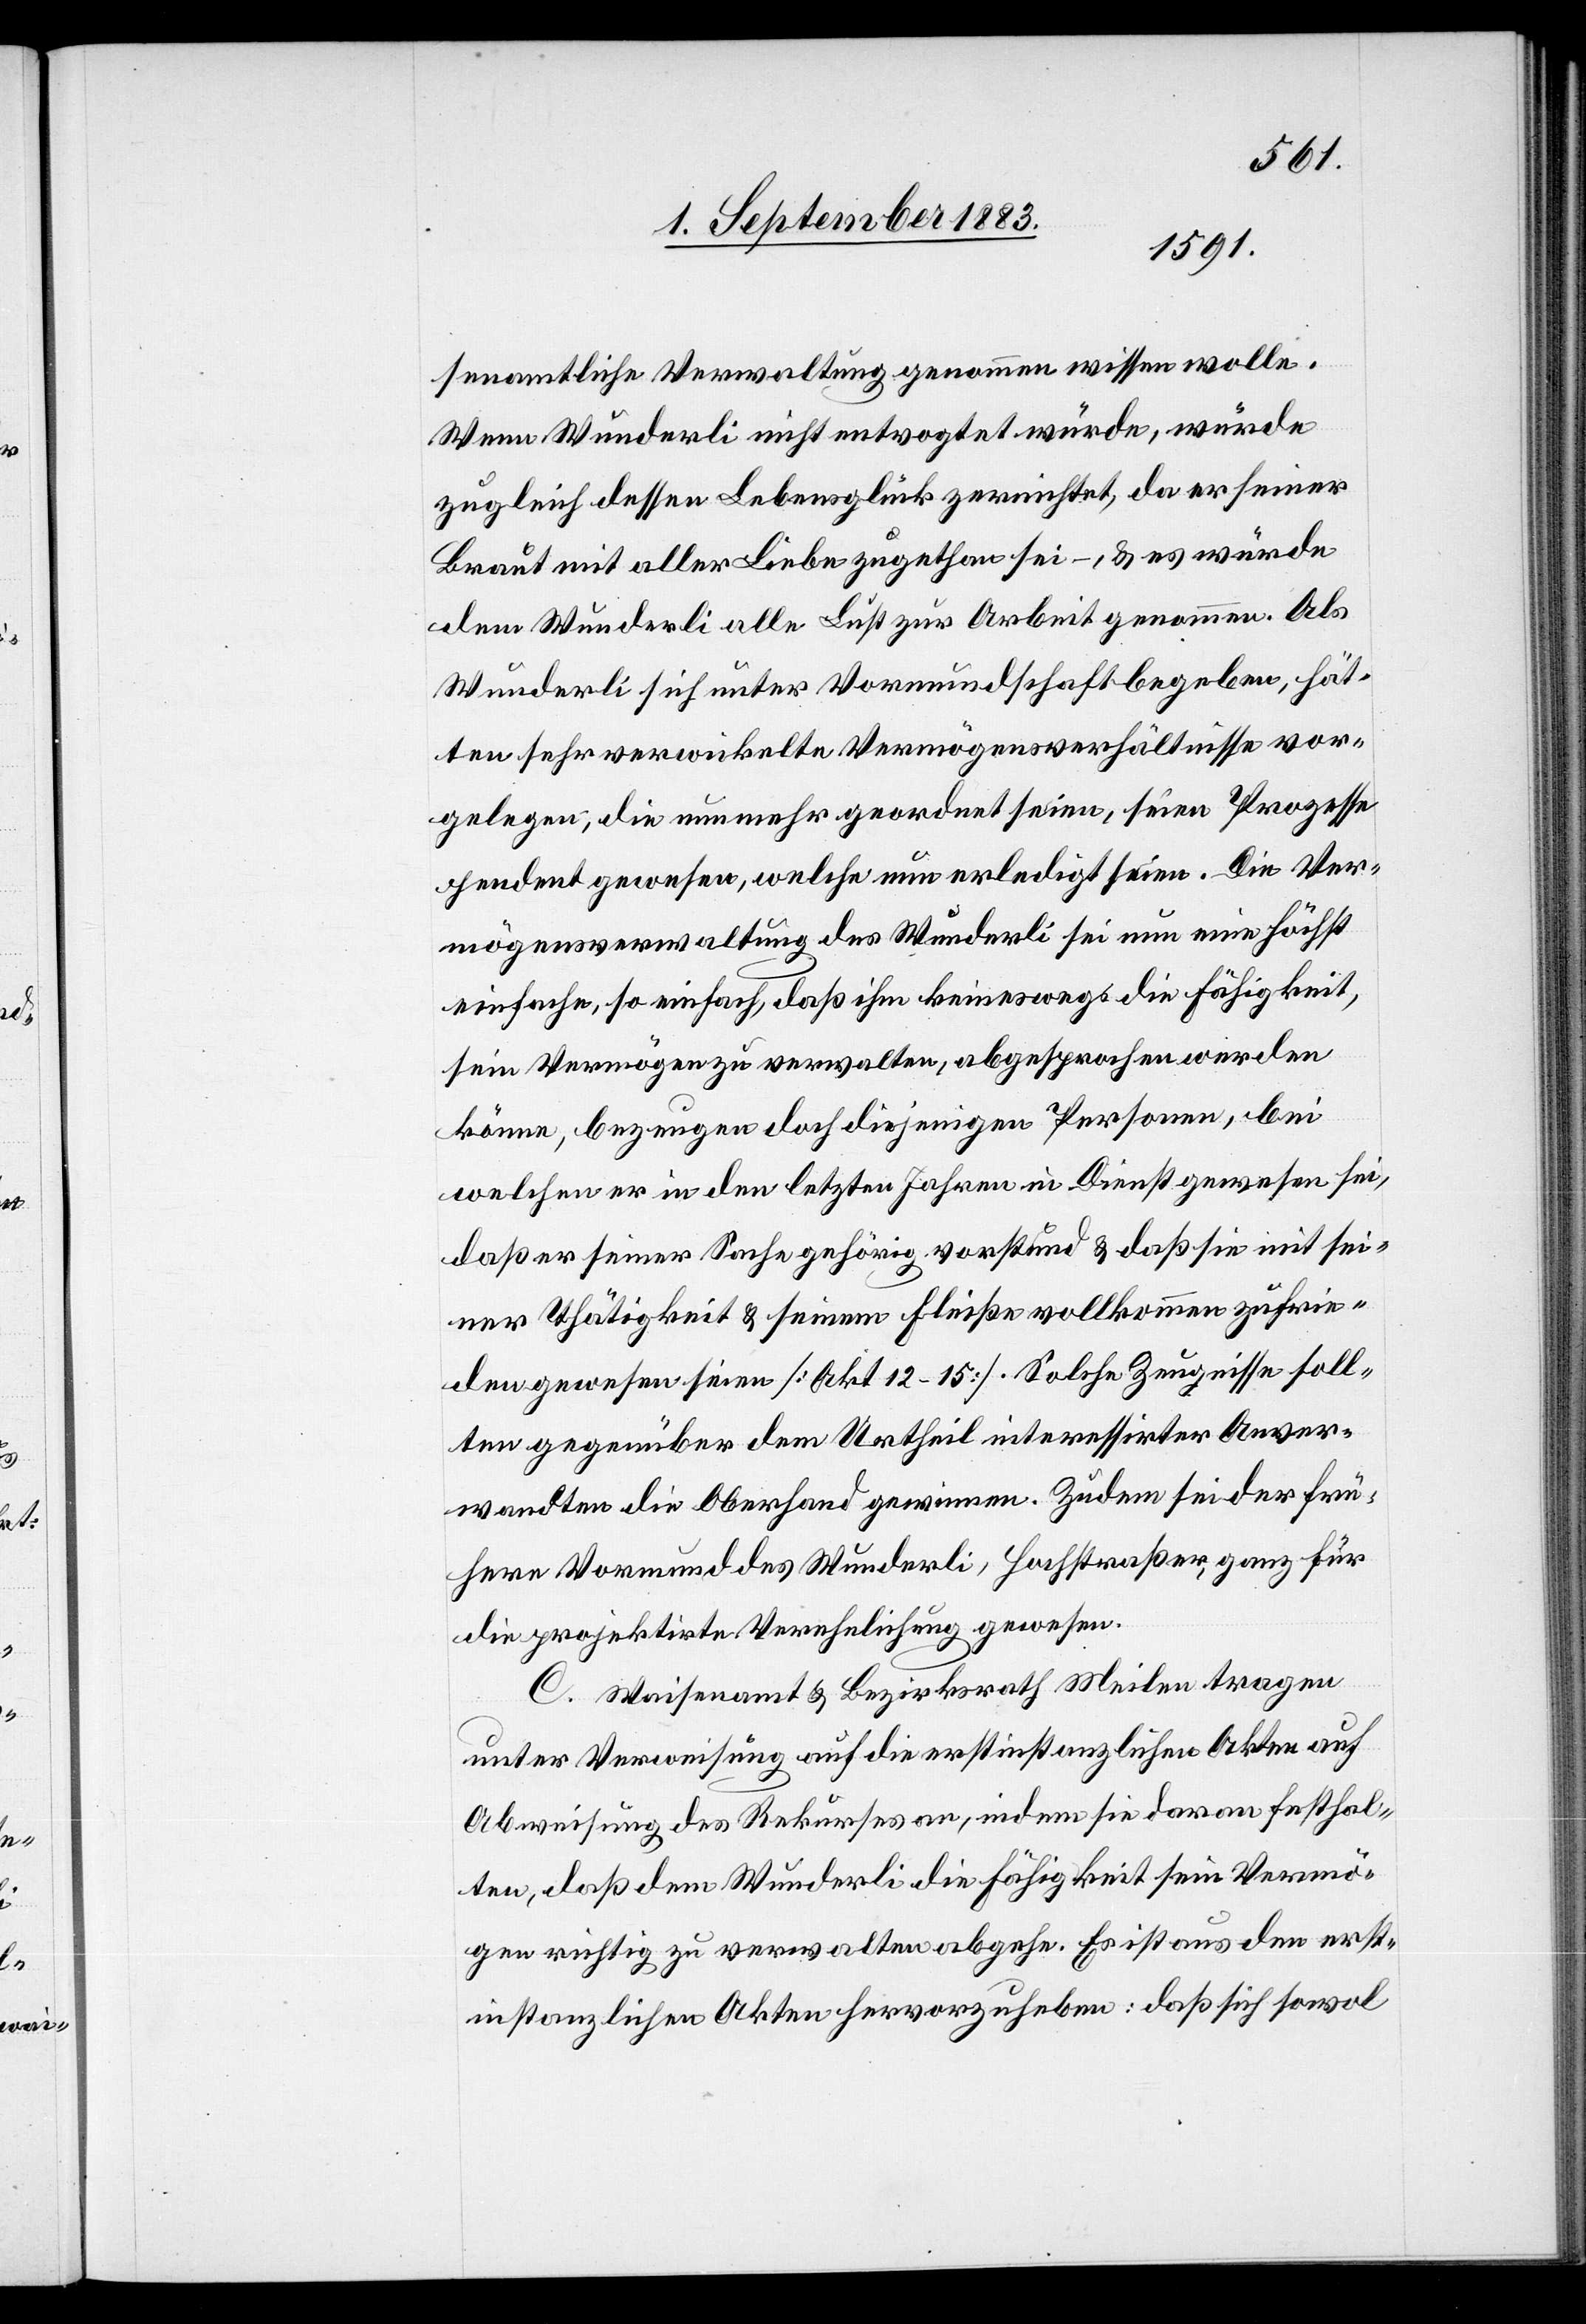
senamtliche Verwaltung genommen wissen wolle.
Wenn Wunderli nicht entvogtet würde, würde
zugleich dessen Lebensglück zernichtet, da er seiner
Braut mit aller Liebe zugethan sei –, & es würde
dem Wunderli alle Lust zur Arbeit genommen. Als
Wunderli sich unter Vormundschaft begeben, hät¬
ten sehr verwickelte Vermögensverhältnisse vor¬
gelegen, die nunmehr geordnet seien, seine Prozesse
pendent gewesen, welche nun erledigt seien. Die Ver¬
mögensverwaltung des Wunderli sei nun eine höchst
einfache, so einfach, daß ihm keineswegs die Fähigkeit,
sein Vermögen zu verwalten, abgesprochen werden
könne, bezeugen doch diejenigen Personen, bei
welchen er in den letzten Jahren in Dienst gewesen sei,
daß er seiner Sache gehörig vorstund & daß sie mit sei¬
ner Thätigkeit & seinem Fleiße vollkommen zufrie¬
den gewesen seien [Akt. 12–15]. Solche Zeugnisse soll¬
ten gegenüber dem Urtheil interessirter Anver¬
wandten die Oberhand gewinnen. Zudem sei der frü¬
here Vormund des Wunderli, Hochstraßer, ganz für
die projektirte Verehelichung gewesen.
C. Waisenamt & Bezirksrath Meilen tragen
unter Verweisung auf die erstinstanzlichen Akten auf
Abweisung des Rekurses an, indem sie daran festhal¬
ten, daß dem Wunderli die Fähigkeit sein Vermö¬
gen richtig zu verwalten abgehe. Es ist aus den erst¬
instanzlichen Akten hervorzuheben: daß sich sowol